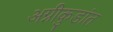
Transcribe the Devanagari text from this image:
अग्नीकुडांत